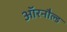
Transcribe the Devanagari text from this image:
ऑरनौल्ड